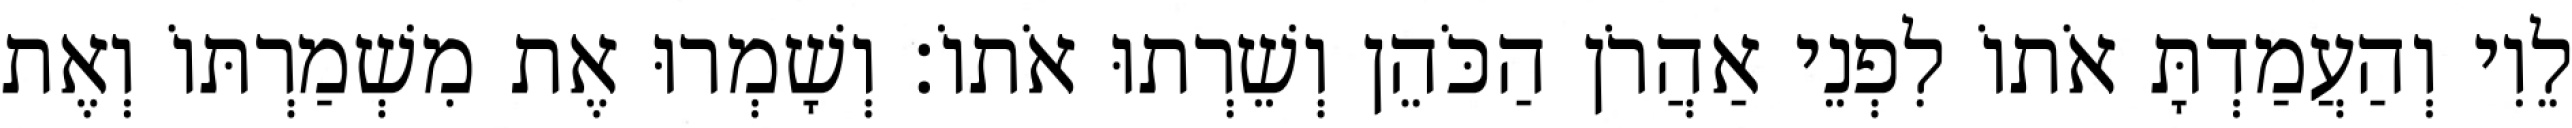
לֵוִי וְהַעֲמַדְתָּ אֹתוֹ לִפְנֵי אַהֲרֹן הַכֹּהֵן וְשֵׁרְתוּ אֹתוֹ׃ וְשָׁמְרוּ אֶת מִשְׁמַרְתּוֹ וְאֶת